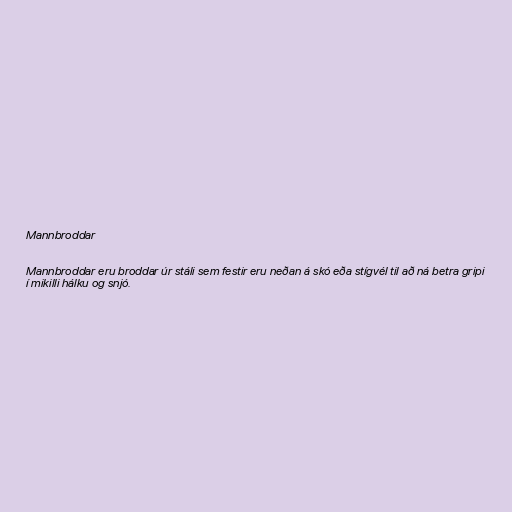
Mannbroddar

Mannbroddar eru broddar úr stáli sem festir eru neðan á skó eða stígvél til að ná betra gripi
í mikilli hálku og snjó.